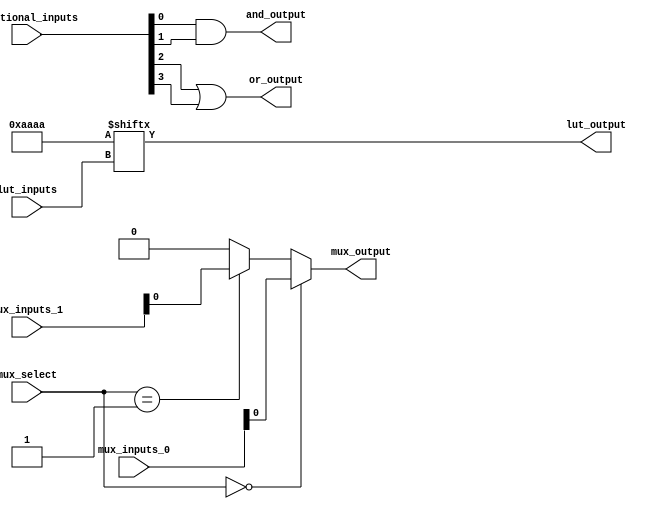
module combinational_logic_block (
    input wire [3:0] lut_inputs,     // Inputs to the LUT
    input wire [1:0] mux_select,     // Select signal for the MUX
    input wire [3:0] mux_inputs_0,    // MUX input set 0
    input wire [3:0] mux_inputs_1,    // MUX input set 1
    input wire [3:0] additional_inputs, // Additional inputs for logic gates
    output wire lut_output,           // Output from the LUT
    output wire mux_output,           // Output from the MUX
    output wire and_output,           // AND gate output
    output wire or_output             // OR gate output
);

    // 4-input Look-Up Table (LUT)
    reg [15:0] lut_memory; // 16 possible combinations for a 4-input LUT
    assign lut_output = lut_memory[lut_inputs]; // LUT output based on the inputs

    // MUX implementation
    assign mux_output = (mux_select == 2'b00) ? mux_inputs_0 :
                        (mux_select == 2'b01) ? mux_inputs_1 : 4'b0000; // Default case

    // Logic Gates
    assign and_output = additional_inputs[0] & additional_inputs[1]; // AND gate
    assign or_output = additional_inputs[2] | additional_inputs[3];  // OR gate

    // LUT initialization (example truth table)
    initial begin
        lut_memory = 16'b1010101010101010; // Example: Alternating pattern
    end

endmodule